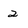
Character: 2